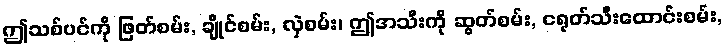
ဤသစ်ပင်ကို ဖြတ်စမ်း, ချိုင်စမ်း, လှဲစမ်း၊ ဤအသီးကို ဆွတ်စမ်း, ငရုတ်သီးထောင်းစမ်း,